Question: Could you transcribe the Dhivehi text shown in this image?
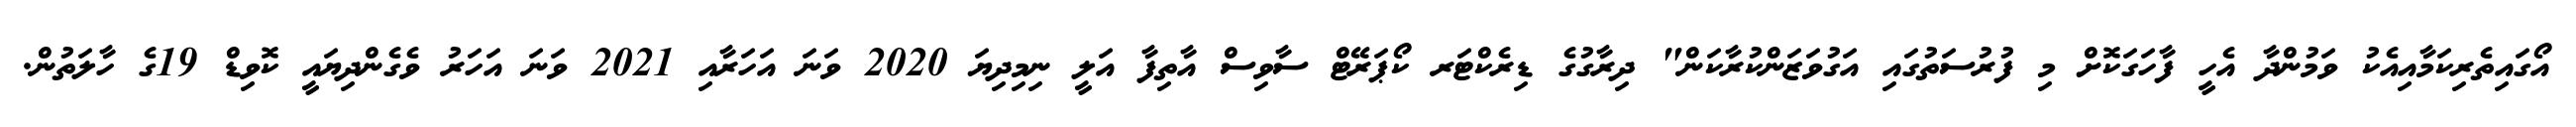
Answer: އޯގައިތެރިކަމާއިއެކު ވަމުންދާ އެހީ ފާހަގަކޮށް މި ފުރުސަތުގައި އަގުވަޒަންކުރާކަން" ދިރާގުގެ ޑިރެކްޓަރ ކޯޕަރޭޓް ސާވިސް އާތިފާ އަލީ ނިމިދިޔަ 2020 ވަނަ އަހަރާއި 2021 ވަނަ އަހަރު ވެގެންދިޔައީ ކޮވިޑް 19ގެ ހާލަތުން.